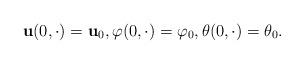
LaTeX: \begin{align*} {\bf u}(0, \cdot) = {\bf u}_0, \varphi(0, \cdot) = \varphi_0, \theta(0, \cdot) = \theta_0.\end{align*}